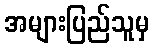
အများပြည်သူမှ